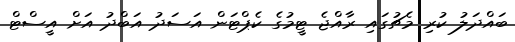
ބައްދަލު ކުރި މެޗުގައި ރާއްޖެ ޓީމުގެ ކެޕްޓަން އަސަދު އަބްދު އަށް އީސްޓް